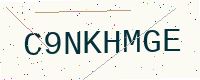
Text: C9NKHMGE